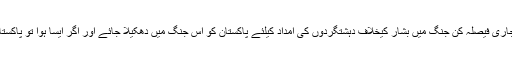
ایک دوسرے ذرائع کا کہنا تھا کہ ممکن ہے شام میں جاری فیصلہ کن جنگ میں بشار کیخلاف دہشتگردوں کی امداد کیلئے پاکستان کو اس جنگ میں دھکیلا جائے اور اگر ایسا ہوا تو پاکستان بھی جلد ہی شام اور عراق کی شکل اختیار کرلے گا۔